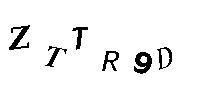
ZTTR9D